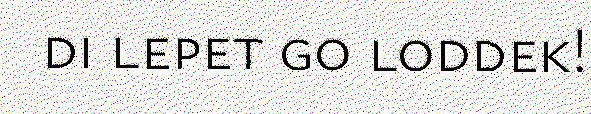
di lepet go loddek!